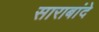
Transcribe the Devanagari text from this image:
साराबांदे